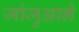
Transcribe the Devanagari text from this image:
जांजुआने